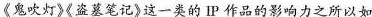
鬼吹灯》《盗落笔记》这一类的IP作品的影响力之所以如